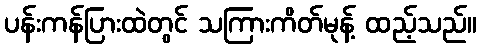
ပန်းကန်ပြားထဲတွင် သကြားကိတ်မုန့် ထည့်သည်။